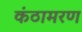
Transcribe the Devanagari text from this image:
कंठामरण